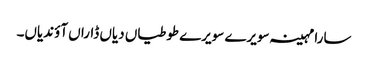
سارا مہینہ سویرے سویرے طوطیاں دیاں ڈاراں آؤندیاں۔